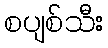
စပျစ်သီး